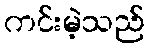
ကင်းမဲ့သည်